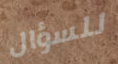
للسؤال